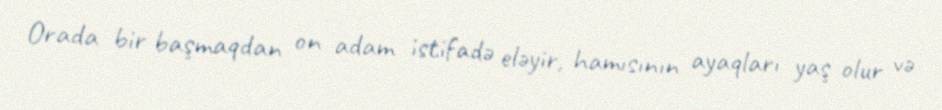
Orada bir başmaqdan on adam istifadə eləyir, hamısının ayaqları yaş olur və